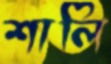
শালি